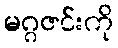
မဂ္ဂဇင်းကို